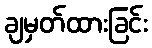
ချမှတ်ထားခြင်း